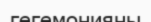
гегемонияны